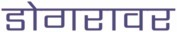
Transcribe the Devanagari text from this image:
डोगरावर